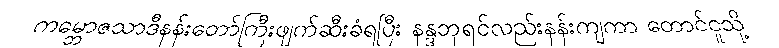
ကမ္ဘောဇသာဒီနန်းတော်ကြီးဖျက်ဆီးခံရပြီး နန္ဒဘုရင်လည်းနန်းကျကာ တောင်ငူသို့